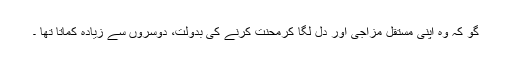
گو کہ وہ اپنی مستقل مزاجی اور دل لگا کرمحنت کرنے کی بدولت، دوسروں سے زیادہ کماتا تھا ۔